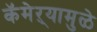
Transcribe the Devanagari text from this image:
कॅमेऱ्यामुळे